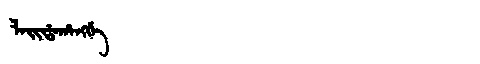
Manchu: ᠯᠠᡳᡩᠠᡥᠠᠩᡤᡝ
Romanization: LAIDAHANGGE